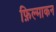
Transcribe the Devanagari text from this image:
फ़िल्माकन